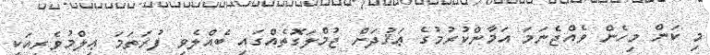
މި ކަން މިހެން ވެއްޖެނަމަ އަމާންކުރުމުގެ ޢަޤުދަށް ޖުމްލަގޮތެއްގައި ބެއްލެވި ފުރަތަމަ ޢިލްމުވެރިއަކީ